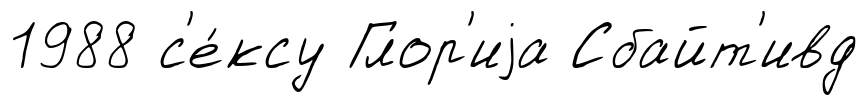
1988 с'е́ксу Глор'иjа Сбайт'ивд